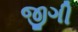
જીગી